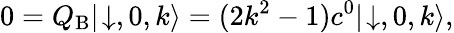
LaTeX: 0=Q_{\mathrm{B}}|\! \downarrow,0,k\rangle=(2k^{2}-1)c^{0}|\! \downarrow,0,k\rangle,